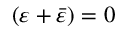
( \varepsilon + { \bar { \varepsilon } } ) = 0